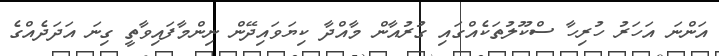
އަންނަ އަހަރު ހުރިހާ ސްކޫލުތަކެއްގައި ގުރުއާން މާއްދާ ކިޔަވައިދޭން ނިންމާފައިވާތީ ގިނަ އަދަދެއްގެ